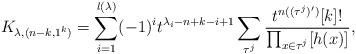
LaTeX: \begin{align*}K_{\lambda, (n-k, 1^k)}=\sum_{i=1}^{l(\lambda)}(-1)^it^{\lambda_i-n+k-i+1}\sum_{\tau^j}\frac{t^{n((\tau^j)')}[k]!}{\prod_{x\in\tau^j}[h(x)]},\end{align*}